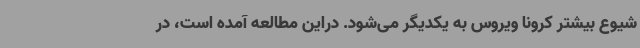
شیوع بیشتر کرونا ویروس به یکدیگر می‌شود. دراین مطالعه آمده است، در